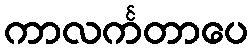
ကာလင်္ကတာပေ